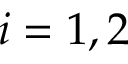
i = 1 , 2